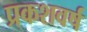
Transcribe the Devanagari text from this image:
प्रकशवर्ष